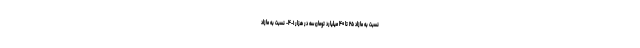
نسبت به مازاد ۲۵ تا ۴۰ میلیارد تومان سه در هزار ۱-۴- نسبت به مازاد